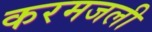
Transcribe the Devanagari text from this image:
करमजली